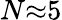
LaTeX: N{\approx}5